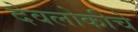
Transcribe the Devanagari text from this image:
देवलोकीचे